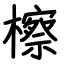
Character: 檫